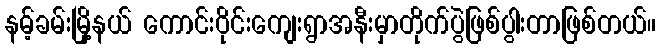
နမ့်ခမ်းမြို့နယ် ကောင်းဝိုင်းကျေးရွာအနီးမှာတိုက်ပွဲဖြစ်ပွါးတာဖြစ်တယ်။